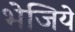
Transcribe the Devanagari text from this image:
भेजिये